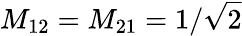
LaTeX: M_{12}=M_{21}=1/\sqrt{2}